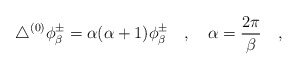
\begin{align*}\triangle^{(0)}\phi_\beta^{\pm}=\alpha(\alpha+1)\phi_\beta^{\pm}~~~,~~ ~\alpha={2\pi \over \beta}~~~,\end{align*}